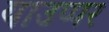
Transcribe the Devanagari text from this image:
याउप्पर